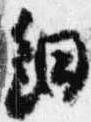
細